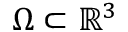
\Omega \subset \mathbb { R } ^ { 3 }